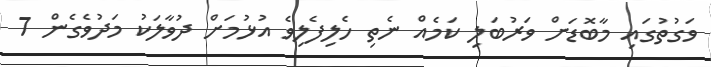
ވަގުތުގައި މާބޮޑަށް ވަރުބަލި ކަމެއް ނެތި ހެލިފެލިވެ އުޅުމަށް ދުވާލަކު މަދުވެގެން 7